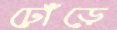
ঢোঁড়ে